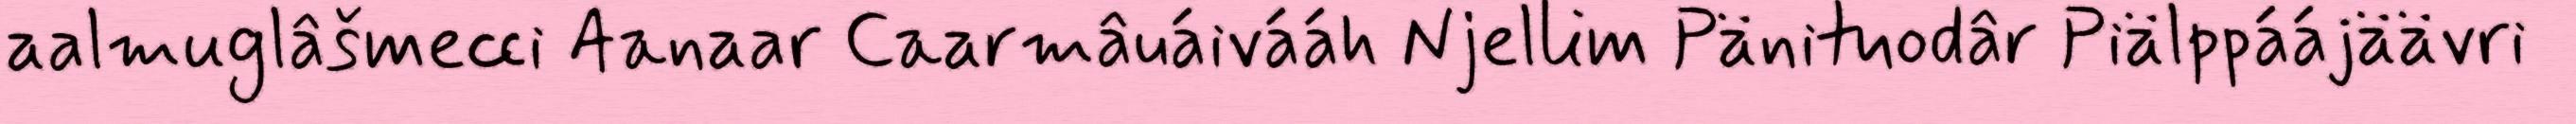
aalmuglâšmecci Aanaar Caarmâuáivááh Njellim Pänituodâr Piälppáájäävri